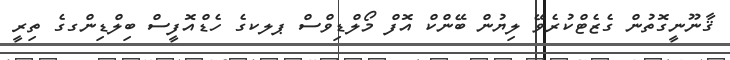
ޤާނޫނީގޮތުން ގެޒެޓްކުރެވޭ ލިޔުން ބޭންކް އޮފް މޯލްޑިވްސް ޕލކގެ ހެޑްއޮފީސް ބިލްޑިންގގެ ތިރީ